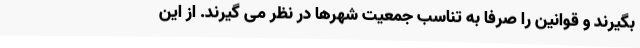
بگیرند و قوانین را صرفا به تناسب جمعیت شهرها در نظر می گیرند. از این